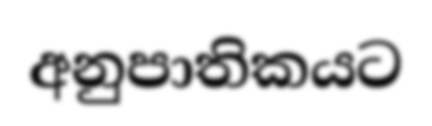
අනුපාතිකයට